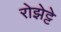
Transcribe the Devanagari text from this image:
रोझेट्टे